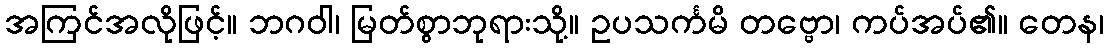
အကြင်အလိုဖြင့်။ ဘဂဝါ၊ မြတ်စွာဘုရားသို့။ ဥပသင်္ကမိ တဗ္ဗော၊ ကပ်အပ်၏။ တေန၊